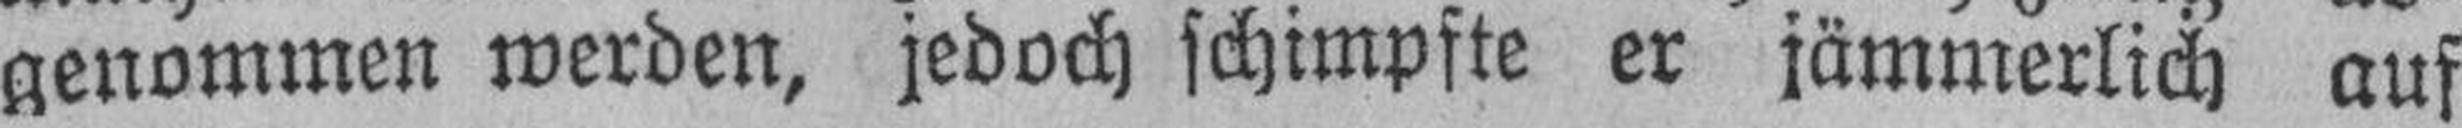
genommen werden, jedoch schimpfte er jämmerlich auf